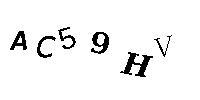
AC59HV